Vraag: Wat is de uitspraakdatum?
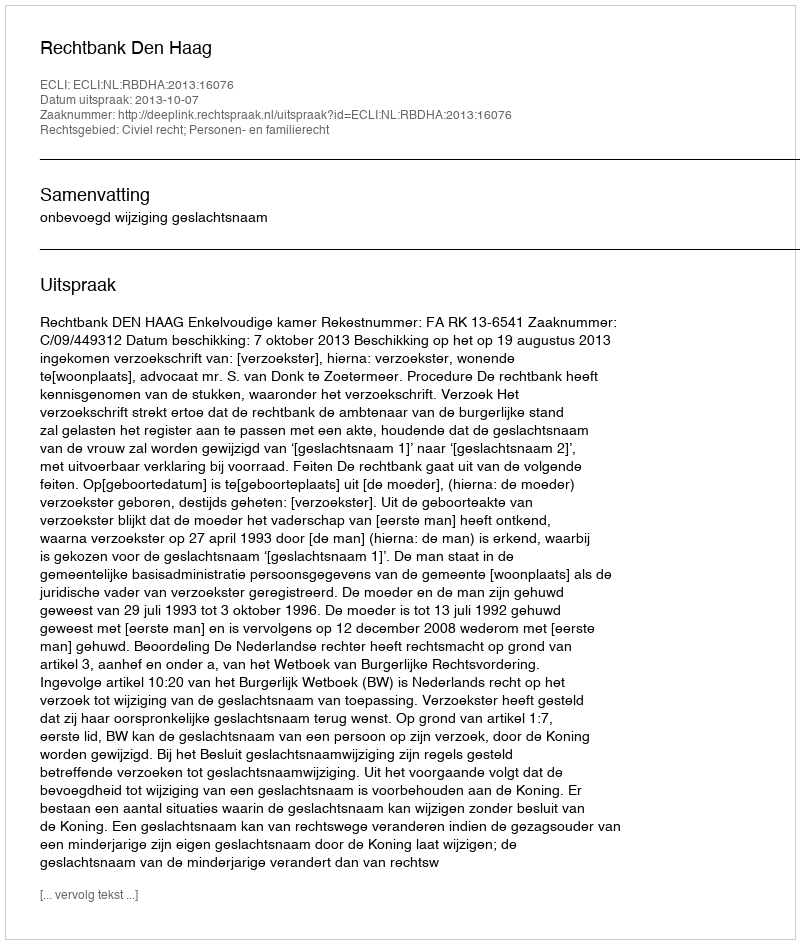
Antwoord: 2013-10-07